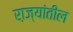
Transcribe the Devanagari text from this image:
रा़ज्यांतील